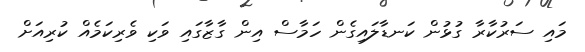
މައި ސަރުކާރާ ގުޅުން ކަނޑާލައިގެން ހަމާސް އިން ގާޒާގައި ވަކި ވެރިކަމެއް ކުރިއަށް